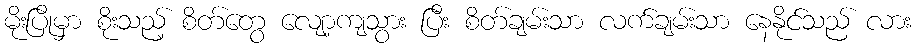
မိုးပြိုမှာ စိုးသည့် စိတ်တွေ လျော့ကျသွား ပြီး စိတ်ချမ်းသာ လက်ချမ်းသာ နေနိုင်သည် လား